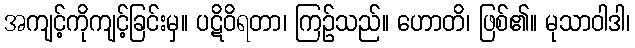
အကျင့်ကိုကျင့်ခြင်းမှ။ ပဋိဝိရတာ၊ ကြဉ်သည်။ ဟောတိ၊ ဖြစ်၏။ မုသာဝါဒါ၊